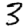
Digit: 3